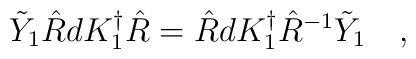
\tilde{Y}_{1} \hat{R} dK^{\dagger}_1 \hat{R} = \hat{R} dK^{\dagger}_{1}\hat{R}^{-1}\tilde{Y}_{1} \quad ,